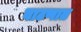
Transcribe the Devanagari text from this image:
वाटणात